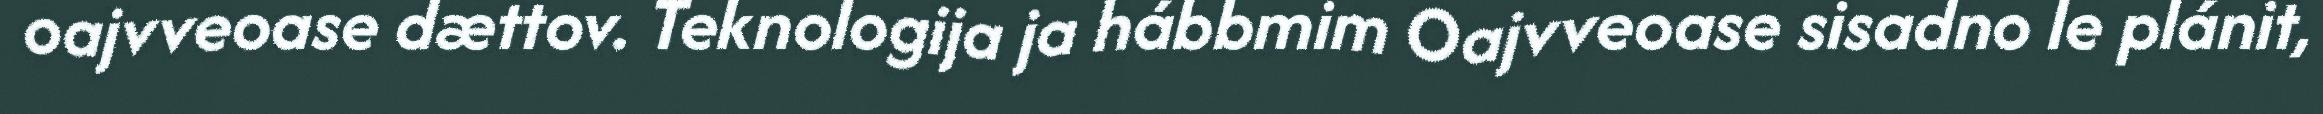
oajvveoase dættov. Teknologija ja hábbmim Oajvveoase sisadno le plánit,